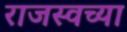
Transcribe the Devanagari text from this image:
राजस्वच्या